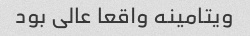
ویتامینه واقعا عالی بود